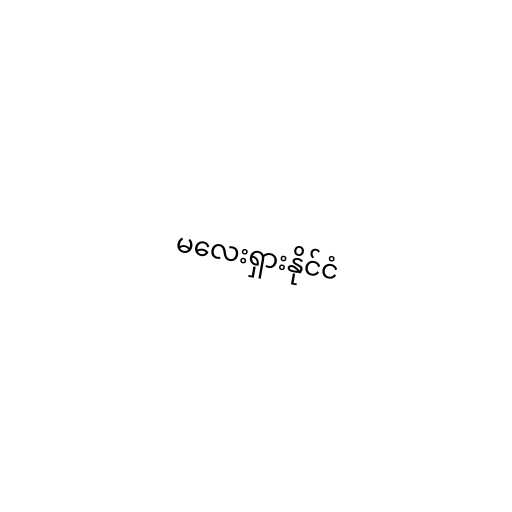
မလေးရှားနိုင်ငံ